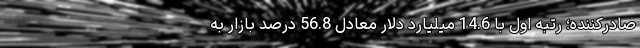
صادرکننده؛ رتبه اول با 14.6 میلیارد دلار معادل 56.8 درصد بازار به